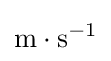
{\text{m}}\cdot {\text{s}}^{-1}